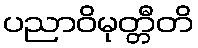
ပညာဝိမုတ္တီတိ